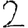
Digit: 2